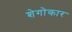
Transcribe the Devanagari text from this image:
शेगोकार